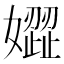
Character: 𡡟